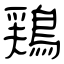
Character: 鶏